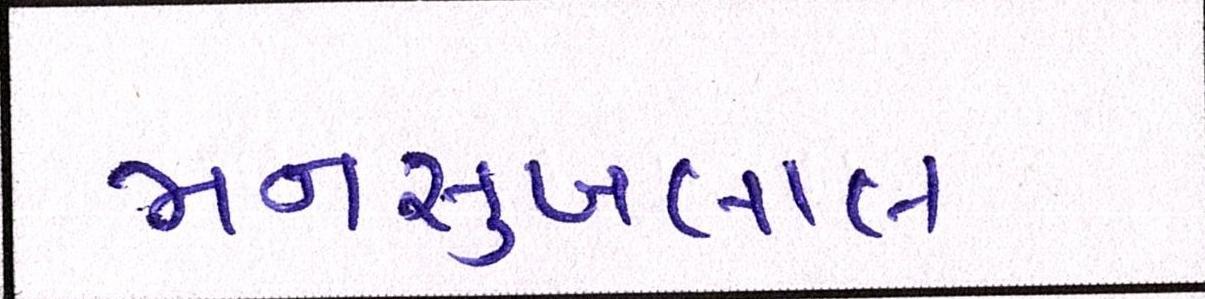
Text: મનસુખલાલ